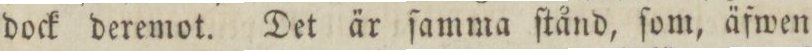
dock deremot. Det är ſamma ſtånd, ſom, äfwen